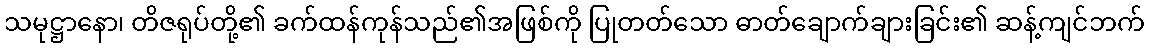
သမုဋ္ဌာနော၊ တိဇရုပ်တို့၏ ခက်ထန်ကုန်သည်၏အဖြစ်ကို ပြုတတ်သော ဓာတ်ချောက်ချားခြင်း၏ ဆန့်ကျင်ဘက်